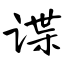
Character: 谍